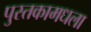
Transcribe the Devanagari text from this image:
पुस्तकामधला